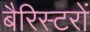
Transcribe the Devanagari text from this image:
बैरिस्टरों